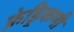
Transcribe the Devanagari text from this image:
फ्रेड्रिकणी